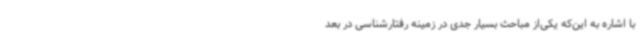
با اشاره به این‌که یکی‌از مباحث بسیار جدی در زمینه رفتارشناسی در بعد